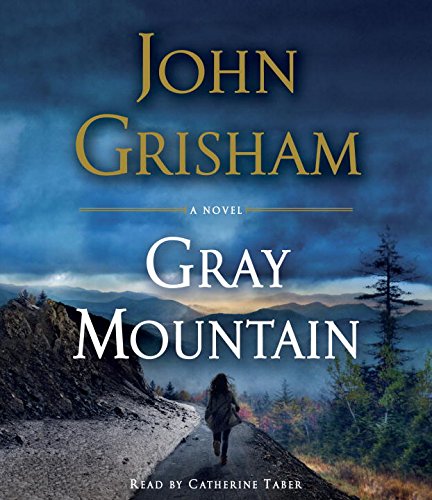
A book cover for Gray Mountain: A Novel; John Grisham; Mystery, Thriller & Suspense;